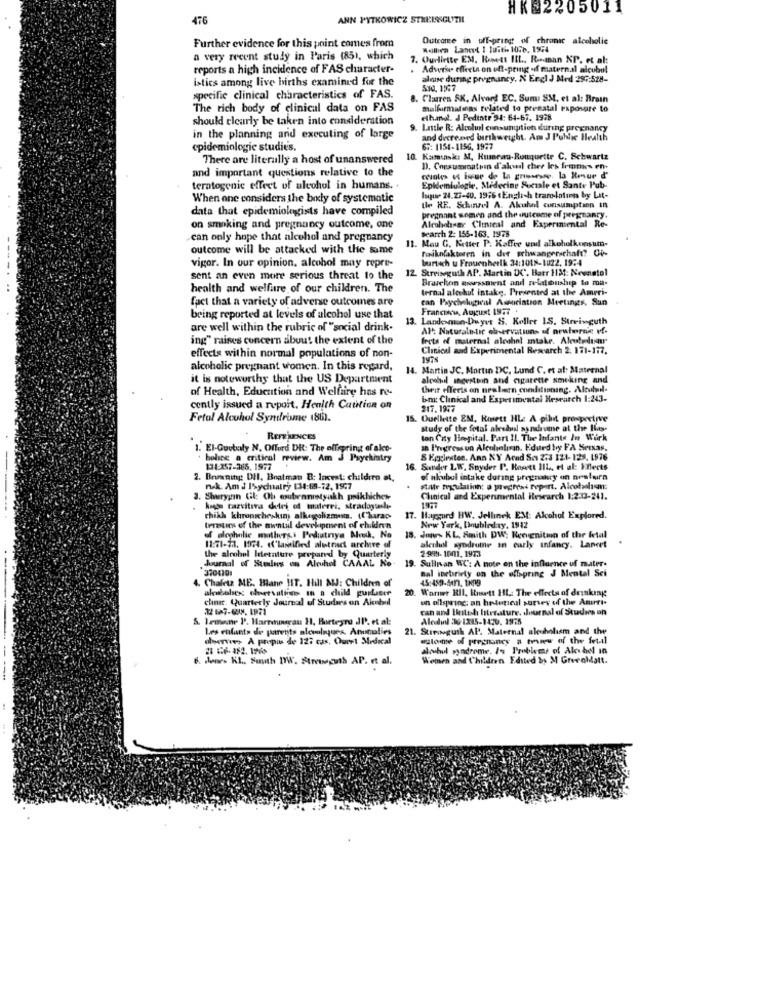
HK 2205011
476
ANN PYTKOWICZ STREISSGUZIL
Further evidence for this point comes from
Outcome in off-pring of chronic alcoholic
Wollen Laneet I luitis 10.6. 1994
a very recent study in Paris (85), which
7. Ourlirite EM, Rett IIL ., Roman XP. et al:
reports a high incidence of FAS character-
Adverse effects on eft-pring of maternal alcohol
istics among live births examined for the
alone during pregnancy. N Engl J Med 297:528-
510. 1567
specific clinical characteristics of FAS.
8. Claren SK. Alvord EC. Suma SM, et al: Brain
The rich body of clinical data on FAS
malfurmalinas related to prenatal exposure to
should clearly be taken into consideration
ethanol. J Pedinte 34: 64-67. 1978
9. Lastle R: Alcohol consumption during pregnancy
in the planning and executing of large
and decreased birthweight. Am J Public Health
epidemiologie studies.
67: 1154-1156. 1977
There are literally a host of unanswered
10. Kamuisk: M. Hurau-Rouquettr C. Schwartz
and important questions relative to the
D. Cogsumatran d'alvedl cher les frites en.
cavoles of issue de la grimesse, la Roue d'
teratogenic effect of alcohol in humans.
Epidemiologie, Medecine Sociale et Sante Pub-
When one considers the body of systematic
Impose 24.23-40. 1976 English translation by Lit-
data that epidemiologists have compiled
the RE. Schuinel A. Akuhel consumption in
pregnant women and the outcome of pregnanty.
on smoking and pregnancy outcome, one
Search 2: 155-163. 1978
Alrahobser Clinical and Experimental Re-
can only hope that alcohol and pregnancy
. Mau G. Ketter P. Kaffee und alkoholkonsum-
outcome will be attacked with the same
raikofaktoren in der schwangerschaft? Ci-
vigor. In our opinion, alcohol may repre-
burtich u Frauenherlk 34:1018-1022, 19:4
12. Streiseguth AP. Martin DC. Barr 1131: Neenstol
sent an even more serious threat to the
Bravekon aroessaient and reldonship to ma-
health and welfare of our children. The
ternal alcohol intake. Presented at the Ameri-
fact that a variety of adverse outcomes are
can Psychological Assiciation Meetings, Sun
Francisco, August 1977 .
being reported at levels of alcohol use that
3. Landesmon-Duyur S. Keller IS. Streinguth
are well within the rubric of "social drink.
AF: Naturaletic ch-ervations of newhernie vf-
ing" raises concern about the extent of the
lecta of maternal alcohol intake. Aleutredusmr
Clinical and Experimental Research 2. 171-177.
effects within normal populations of non-
alcoholic pregnant women. In this regard,
14. Martin JC. Martin DC, Lund C. et al: Maternal
it is noteworthy that the US Department
alcobul sagestoin and cigarette smoking and
of Health, Education and Welfare has re-
their effects on newbern conditioning. Alcohol-
bm: Clinical and Experimental Research 1:243.
cently issued a repoit, Health Catition on
217.1977
Fetal Alcohol Syndrome (86).
IS. Ouellette EM, Riett HL: A pibit prospective
study of the fetal alesdual synchrome at the Hay
REFERENCES
ton City Hospital. Part 11. The Infants In Wurk
1. El-Guebaly N. Offord DR: The offering of alco-
a Progressun Alcoholisan, Edurd boy FA Seixas.
boling a critical review. Am J Psychiatry
& Eggleuten. Ana XY Acad Ses 273 121- 128. 1976
134-257-365. 1977
16. Sunder LW. Snyder P. Rosett IIL ., et al: Efects
2. Brusning DHI, Batman B: Incest: children at,
of akubul intake during pregnancy on neslarn
nek. Am J Psychiatry 134:69-72, 1547
State regulation: a progress report. Alcoholism:
3. Shurygan Gl: Oh esubranetyakh prikliches-
Clinical and Experimental Research 1:2:13-211.
1977
kage carvitiva detri of materei, stradoysasli-
chikh khropicheskin alkemalizmum. (l'harac-
17. Hapgurd HW, Jellinek EM: Alcohol Explored.
terasties of the awntal development of children
New York, Doubleday, 1912
of dlecholie mothers.i Podiatrya Mask. No
. KL. Smith DW Rerugnitan of the fetal
11:71-13. 1974. d'Laified alitrac archive of
the alcohol Idetature prepared by Quarterly
alenlul syndrome in curly infancy. Laneet
2.999- 1001.1973
Journal of Sulus on Alcuhel CAAAL Ko-
19. Sullivan WC: A note on the influence of mater.
3704101
nal inebriety on the offspring J Mental Sei
Chaleta ME. Mane HT. Hill AJ: Children of
alebobex: chersations in a child purlucer
20. Warnee RIl, Insett HL .: The effects of drinking
chut. Quarterly Journal of Studies on Alcebul
un ollspring: an heuteticul survey of the Ameri-
can and Batch literature, Journal of Studies on
&. Irmone 1'. Harronerau Hl, Borteyro JI, et al:
Aledil 36 1215-1420. 1975
Les enfants de parents alevoliqques. Anomalies
21. Streneguth AP. Maternal alevholism and the
dores A propos de 127 cas. Ouret Medical
watone of pregnancy a threw of the fetal
alochul syndrome. In Problems of Alsbel in
& shears KL .. South WWW. StrMosts AP. et al.
Women and Children Edited by M Grevoldatt.